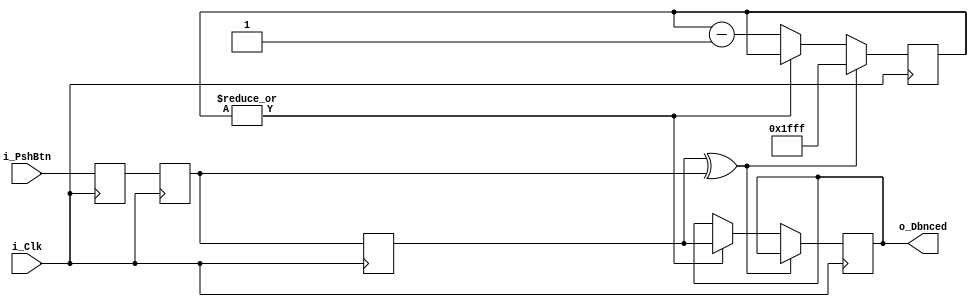
/*
Copyright  2012 JeffLieu-lieumychuong@gmail.com

	This file is part of SGMII-IP-Core.
    SGMII-IP-Core is free software: you can redistribute it and/or modify
    it under the terms of the GNU General Public License as published by
    the Free Software Foundation, either version 3 of the License, or
    (at your option) any later version.

    SGMII-IP-Core is distributed in the hope that it will be useful,
    but WITHOUT ANY WARRANTY; without even the implied warranty of
    MERCHANTABILITY or FITNESS FOR A PARTICULAR PURPOSE.  See the
    GNU General Public License for more details.

    You should have received a copy of the GNU General Public License
    along with SGMII-IP-Core.  If not, see <http://www.gnu.org/licenses/>.

File		:	sgmii_demo.v
Description	:	This file implements top-level file to test SGMII core

Remarks		:

Revision	:
	Date	Author	Description

*/	

module mPshBtnDbnce #(parameter pDbncePeriod=8191,pDbncerWidth=13)(
	input i_Clk,
	input i_PshBtn,
	output reg o_Dbnced);

	
	reg r_PshBtnIn_D1;
	reg r_PshBtnIn_D2;
	reg r_PshBtnIn_D3;
	reg [pDbncerWidth-1:0] rv_Dbncer;
	
	always@(posedge i_Clk)
		begin 
			r_PshBtnIn_D1 <= i_PshBtn;
			r_PshBtnIn_D2 <= r_PshBtnIn_D1;
		    r_PshBtnIn_D3 <= r_PshBtnIn_D2;
			
			if(r_PshBtnIn_D3^r_PshBtnIn_D2) rv_Dbncer <= pDbncePeriod;
			else begin 
				if(~(|rv_Dbncer)) rv_Dbncer<=rv_Dbncer-1;
				else o_Dbnced <= r_PshBtnIn_D3;
				end			
		end
endmodule